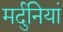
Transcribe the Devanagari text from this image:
मर्दुनियां